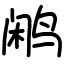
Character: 鹇